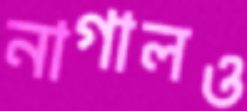
নাগালও